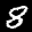
Label: 8